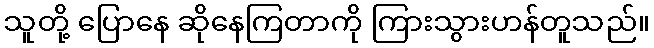
သူတို့ ပြောနေ ဆိုနေကြတာကို ကြားသွားဟန်တူသည်။